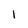
Character: l